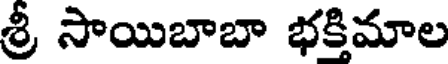
శ్రీ సాయిబాబా భక్తిమాల